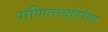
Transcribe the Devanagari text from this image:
गणिताबाहेरील